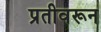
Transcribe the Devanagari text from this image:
प्रतीवरून